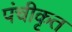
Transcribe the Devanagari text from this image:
पंचीकृत